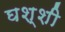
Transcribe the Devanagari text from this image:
घश्शी